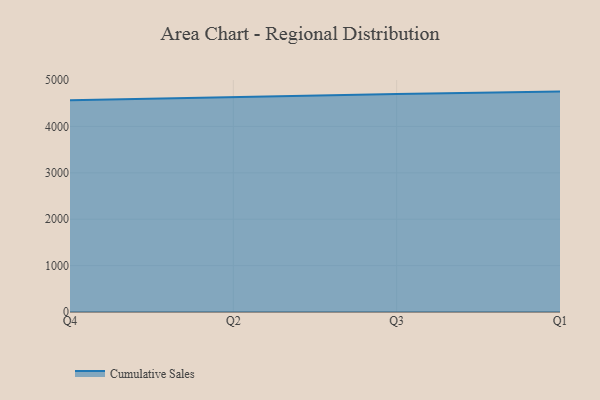
{"axis": {"x": "Quarter", "y": "Operating Costs (USD K)"}, "legend": ["Cumulative Sales"], "data": [{"x": "Q4", "y": 4564.0, "type": "Cumulative Sales"}, {"x": "Q2", "y": 4638.2, "type": "Cumulative Sales"}, {"x": "Q3", "y": 4700.8, "type": "Cumulative Sales"}, {"x": "Q1", "y": 4750.0, "type": "Cumulative Sales"}]}